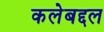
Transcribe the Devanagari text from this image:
कलेबद्दल